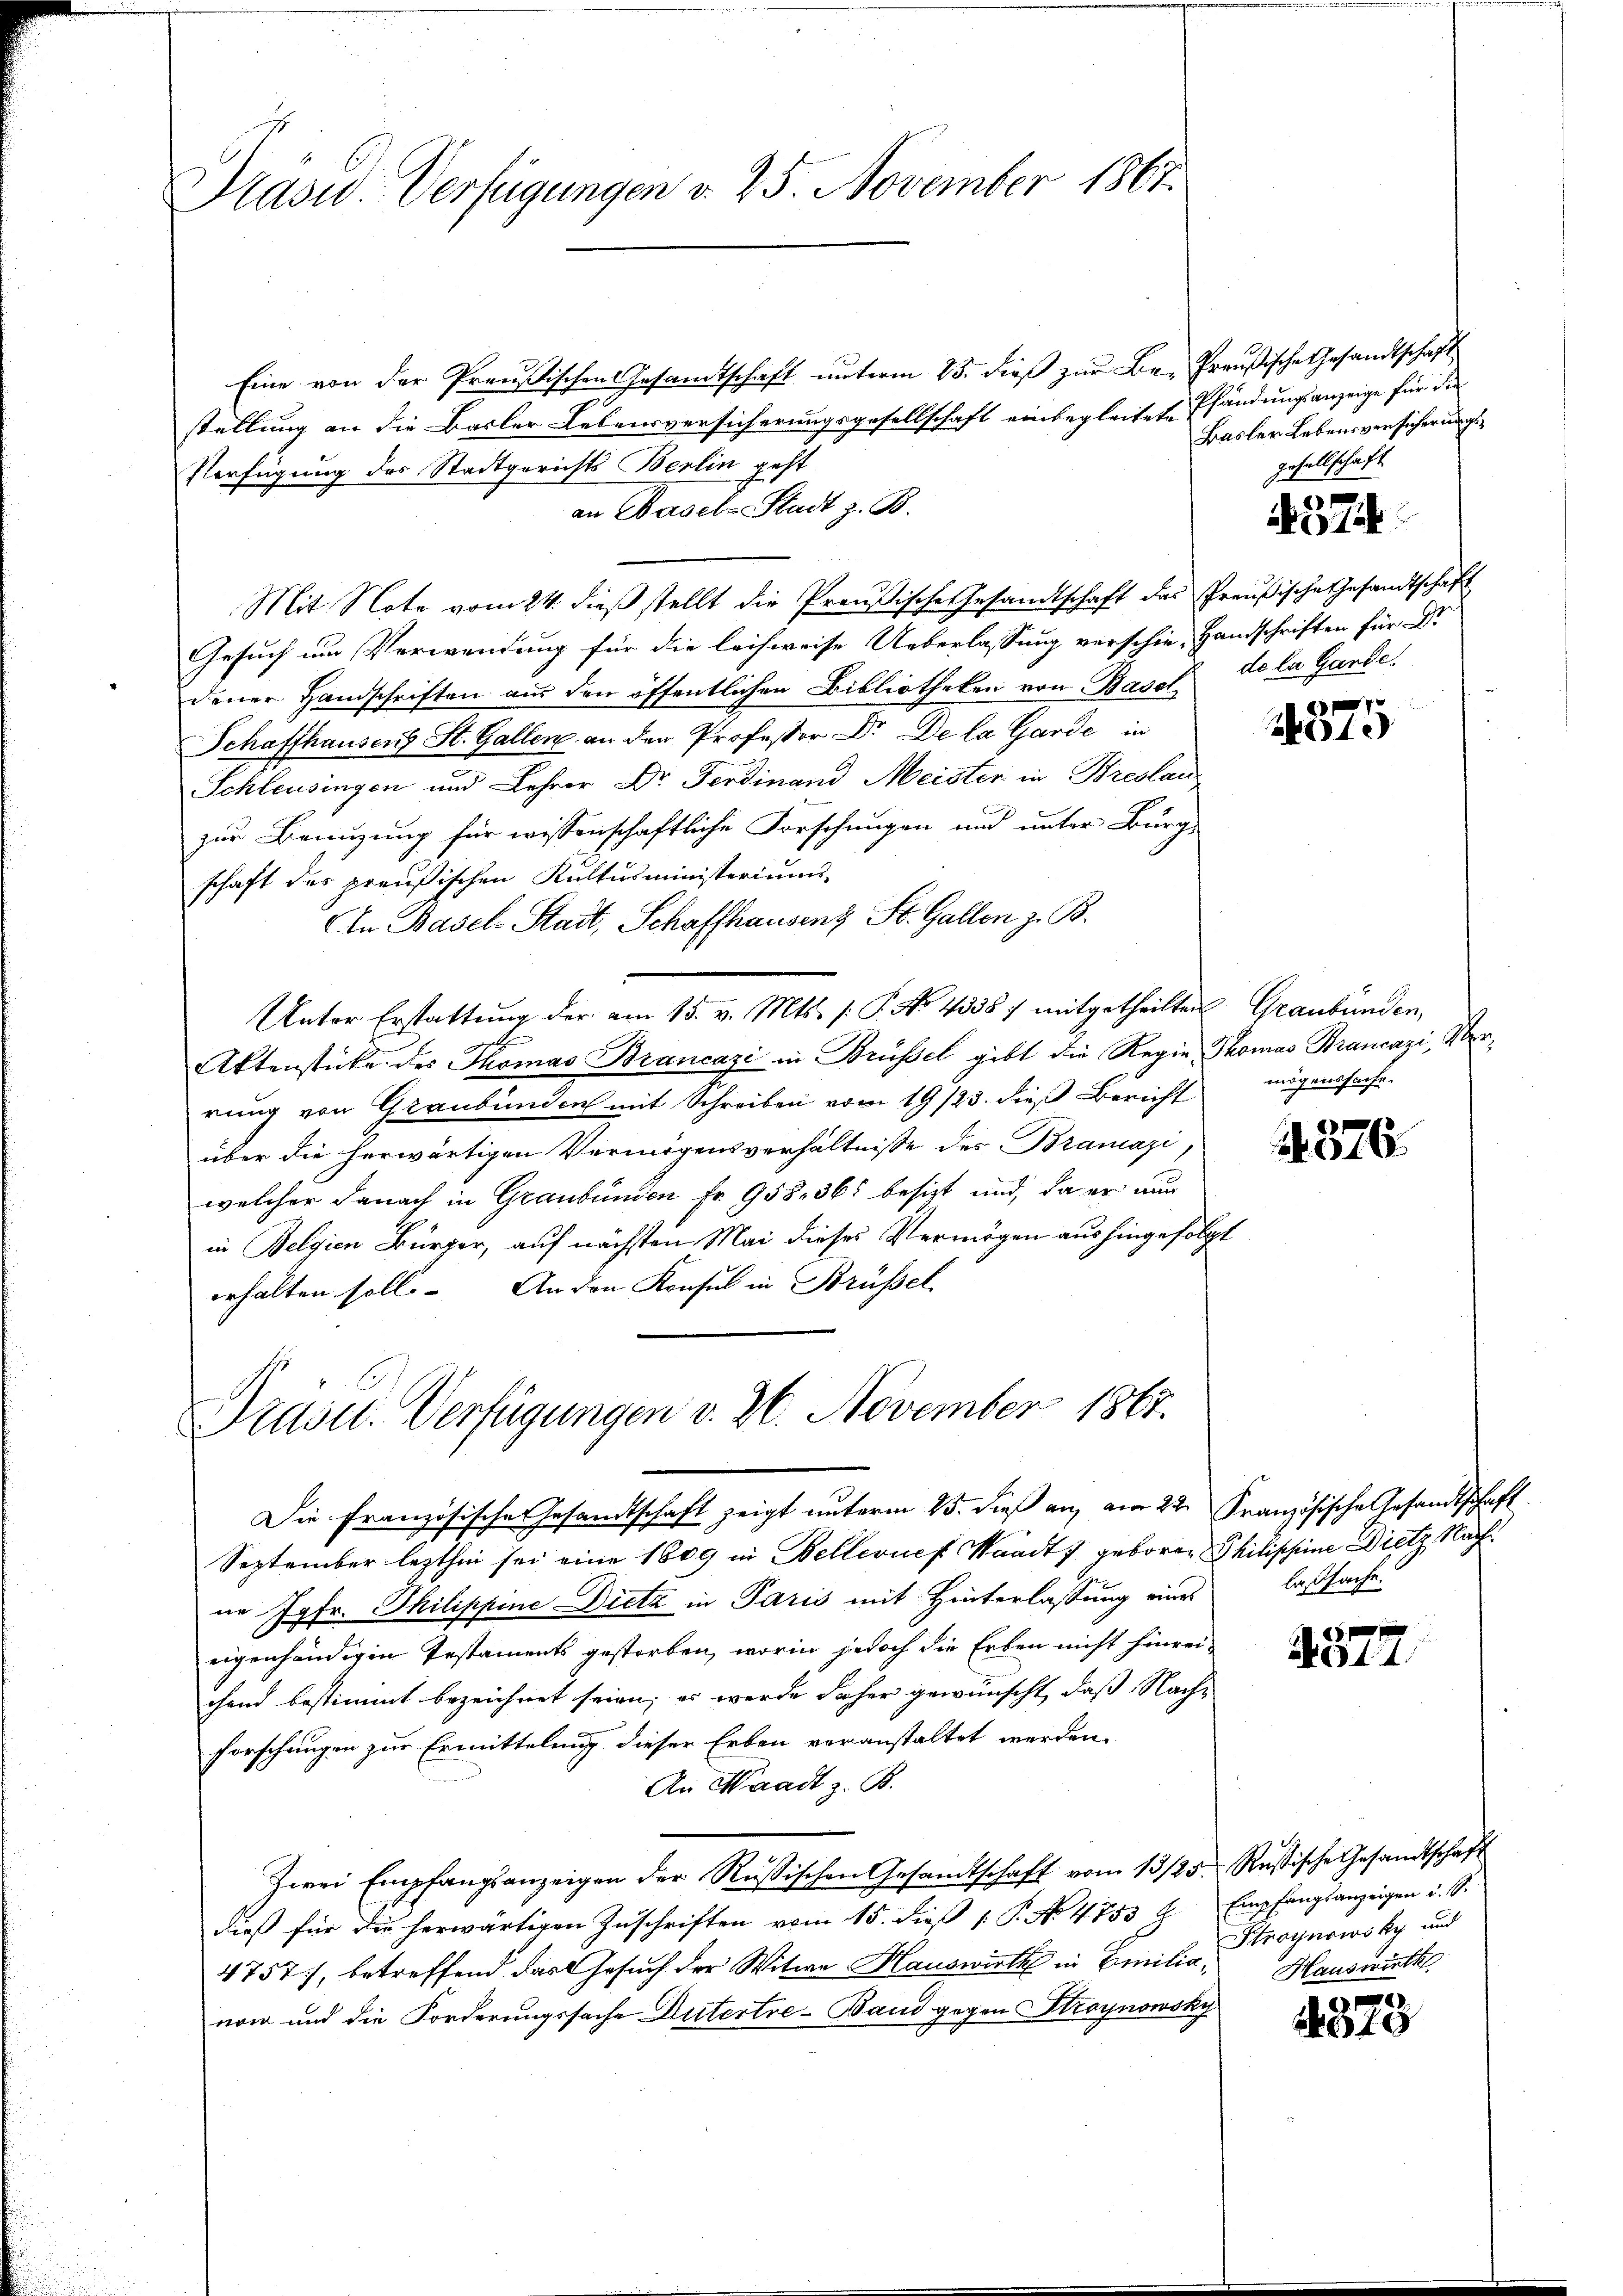
Pasw. Verfügungen d. 25. November 1867.

Eine von der Preußischen Gesamtschaft unterm 25. dieβ zŭr Be- Preußische Gesandtschaft
stellung an die Basler Lebensversicherungsgesellschaft einbegleitete Pfändungsanzeige für die
Verfügung des Stadtgerichts Berlin geht
an Basel-Stadt z. B.
Mit Note vom 24. dieß stellt die Preußische Gesandtschaft das Preußische Gesandtschaft
Gesuch um Verwendung für die leichweise Ueberlassung verschie, Handschriften für Dr
dener Handschriften aus den öffentlichen Bibliotheken von Basel,
Schaffhausen St. Galler an den Professor Dr. De la Garde in
Schleusingen und Lehrer Dr. Ferdinand Meister in Breslau
E
zur Benuzung für wissenschaftliche Forschungen und unter Burg-
schaft des preußischen Kultusministeriums
In Basel-Stadt, Schaffhausenz St. Gallen z. B.
Unter Erstattŭng der am 15. v. Mts. /: P. No. 4335 f mitgetheilten Graubünden,
Aktenstücke des Thomas Brancazi in Brüssel gibt die Regie Thomas Brancazi, Merrung von Graubünden mit Schreiben vom 19/23. dieß Bericht
über die herwärtigen Vermögensverhältnisse des Brancazi
welcher danach in Graubünden Fr. 958, 361 besizt und da er nun
in Belgien Bürger, auf nächsten Mai dieses Vermögen aus hingefolgt
erhalten soll. An den Konsul in Brüssel

Prdse: Verfügungen v. 26. November 1867.
Die französische Gesandtschaft zeigt unterm 25. dieß an, am 22. Französische Gesandtschaft

Basler Lebensversicherungsgesellschaft

de la Gande

September lezthin sei eine 1809 in Bellevuef Waadt 7 geboren Philischeine Dietz Nachne Jgfr. Philippine-Dieta in Paris mit Hinterlassung eines laßsache.
eigenhändigen Testaments gestorben, worin jedoch die Erben nicht hinreichend bestimmt bezeichnet seien; es werde daher gewünscht, daß Nach-
forschungen zur Ermittelung dieser Erben veranstaltet werden.
An Waadt z. B.
Zwei Empfangsanzeigen der Russischen Gesandtschaft vom 13/25. Russische Gesandtschaft
dieß für die herwärtigen Zuschriften vom 15. dieß P. No. 4753
4757), betreffend das Gesuch der Witwe Hauswirth in Emilie Kroynowsky und
nom und die Forderungssache Autertre-Band gegen Maynowsky

574

7
10

mögenssache.

376.

.
44

Empfangsanzeigen u. s.
Hauswirth

.
2